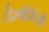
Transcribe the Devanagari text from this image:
लैम्बौर्गिनी